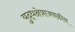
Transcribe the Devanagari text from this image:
युद्धक्षेत्राजवळील